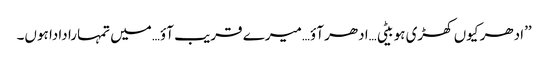
’’ادھر کیوں کھڑی ہو بیٹی…ادھر آؤ…میرے قریب آؤ…میں تمہارا دادا ہوں۔